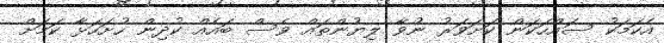
އެކަމަކު ސައްހަކަން ކަށަވަރު ނުވާ ލިޔުންތައް ވެސް ބައެއް ކުދިން ހުށަހަޅާ ކަމަށް